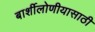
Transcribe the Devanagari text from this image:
बार्शीलोणीयासाठी